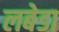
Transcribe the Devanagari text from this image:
लबेडा